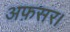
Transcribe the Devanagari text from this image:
अफ़सर।